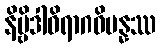
နိဗ္ဗိဒါဝိရာဂဝိပန္နဿ